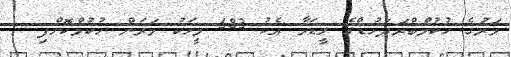
މަރުގެ ހުކުމްބްރަދަހުޑްގެ ލީޑަރާ އެކު 683 މީހަކު މަރަން ހުކުމްކޮށްފި